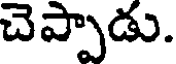
చెప్పాడు.